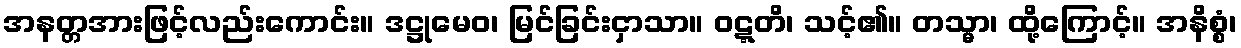
အနတ္တအားဖြင့်လည်းကောင်း။ ဒဋ္ဌုမေဝ၊ မြင်ခြင်းငှာသာ။ ဝဋ္ဋတိ၊ သင့်၏။ တသ္မာ၊ ထို့ကြောင့်။ အနိစ္စံ၊